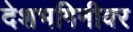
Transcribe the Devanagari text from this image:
देशभगिनीवर